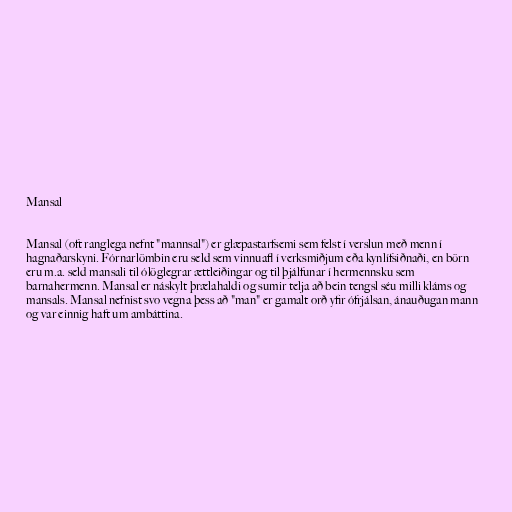
Mansal

Mansal (oft ranglega nefnt "mannsal") er glæpastarfsemi sem felst í verslun með menn í
hagnaðarskyni. Fórnarlömbin eru seld sem vinnuafl í verksmiðjum eða kynlífsiðnaði, en börn
eru m.a. seld mansali til ólöglegrar ættleiðingar og til þjálfunar í hermennsku sem
barnahermenn. Mansal er náskylt þrælahaldi og sumir telja að bein tengsl séu milli kláms og
mansals. Mansal nefnist svo vegna þess að "man" er gamalt orð yfir ófrjálsan, ánauðugan mann
og var einnig haft um ambáttina.